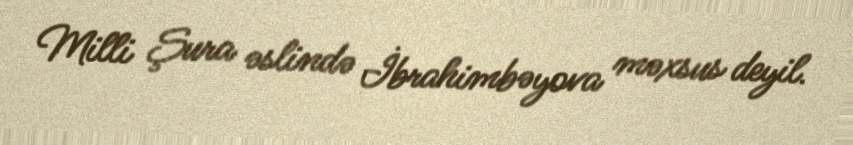
Milli Şura əslində İbrahimbəyova məxsus deyil.